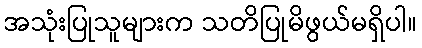
အသုံးပြုသူများက သတိပြုမိဖွယ်မရှိပါ။